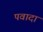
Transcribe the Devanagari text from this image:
पवादा